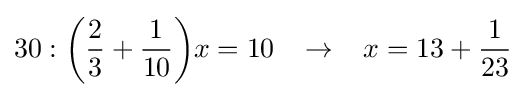
30:{\bigg (}{\frac {2}{3}}+{\frac {1}{10}}{\bigg )}x=10\;\;\;\rightarrow \;\;\;x=13+{\frac {1}{23}}